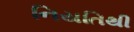
નિયતિથી